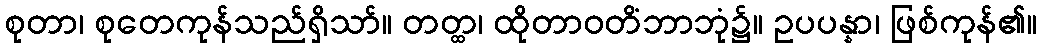
စုတာ၊ စုတေကုန်သည်ရှိသာ်။ တတ္ထ၊ ထိုတာဝတိံဘာဘုံ၌။ ဥပပန္နာ၊ ဖြစ်ကုန်၏။